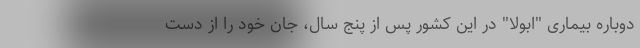
دوباره بیماری "ابولا" در این کشور پس از پنج سال، جان خود را از دست